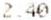
2.40